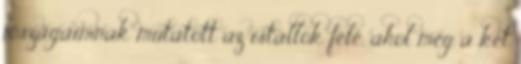
jószágaimnak mutatott az istállók felé, ahol még a két